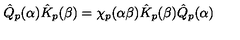
\hat { Q } _ { p } ( \alpha ) \hat { K } _ { p } ( \beta ) = \chi _ { p } ( \alpha \beta ) \hat { K } _ { p } ( \beta ) \hat { Q } _ { p } ( \alpha )